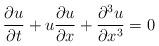
LaTeX: \begin{align*} \frac{\partial u}{\partial t} + u\frac{\partial u}{\partial x} + \frac{\partial^3 u}{\partial x^3} = 0\end{align*}